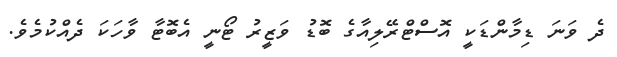
ދެ ވަނަ ޑިމާންޑަކީ އޮސްޓްރޭލިއާގެ ބޮޑު ވަޒީރު ޓޯނީ އެބޮޓާ ވާހަކަ ދެއްކުމެވެ.